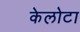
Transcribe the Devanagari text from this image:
केलोटा